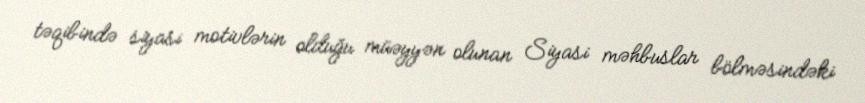
təqibində siyasi motivlərin olduğu müəyyən olunan Siyasi məhbuslar bölməsindəki